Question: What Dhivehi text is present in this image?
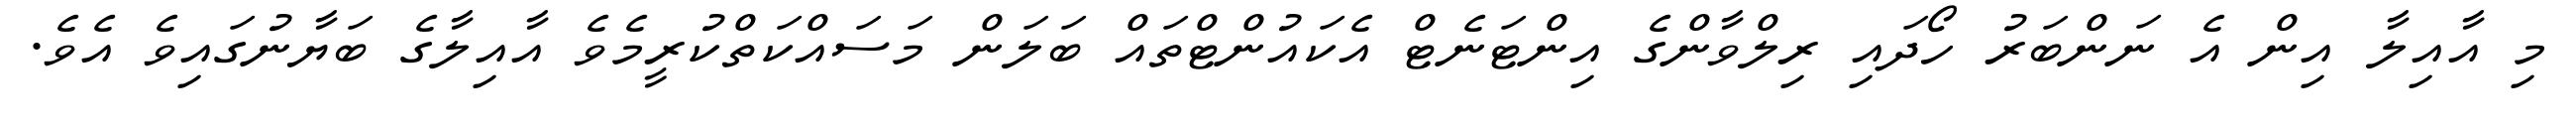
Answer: މި އާއިލާ އިން އެ ނަންބަރު ހޯދައި ރިލްވާންގެ އިންޓަނެޓް އެކައުންޓްތައް ބަލަން މަސައްކަތްކުރީމެވެ އާއިލާގެ ބަޔާނުގައިވެ އެވެ.